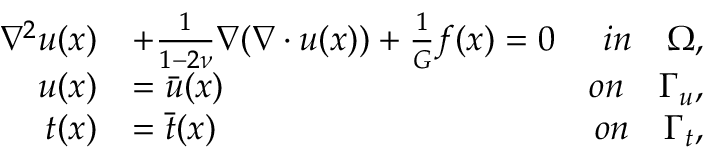
\begin{array} { r l r } { \nabla ^ { 2 } \boldsymbol { u } ( \boldsymbol { x } ) } & { + \frac { 1 } { 1 - 2 \nu } \nabla ( \nabla \cdot \boldsymbol { u } ( \boldsymbol { x } ) ) + \frac { 1 } { G } \boldsymbol { f } ( \boldsymbol { x } ) = 0 } & { i n \quad \Omega , } \\ { \boldsymbol { u } ( \boldsymbol { x } ) } & { = \bar { \boldsymbol { u } } ( \boldsymbol { x } ) } & { o n \quad \Gamma _ { u } , } \\ { \boldsymbol { t } ( \boldsymbol { x } ) } & { = \bar { \boldsymbol { t } } ( \boldsymbol { x } ) } & { o n \quad \Gamma _ { t } , } \end{array}